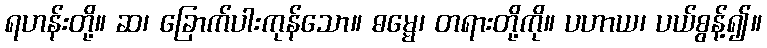
ရဟန်းတို့။ ဆ၊ ခြောက်ပါးကုန်သော။ ဓမ္မေ၊ တရားတို့ကို။ ပဟာယ၊ ပယ်စွန့်၍။